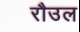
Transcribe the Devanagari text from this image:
रौउल